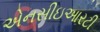
એનસીઇઆરટી